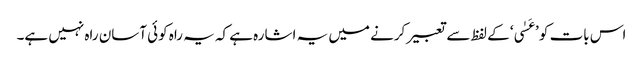
اس بات کو ’عَسٰی‘ کے لفظ سے تعبیر کرنے میں یہ اشارہ ہے کہ یہ راہ کوئی آسان راہ نہیں ہے۔